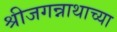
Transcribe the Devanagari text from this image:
श्रीजगन्नाथाच्या